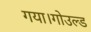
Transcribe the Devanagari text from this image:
गया।गोउल्‍ड